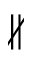
\nparallel